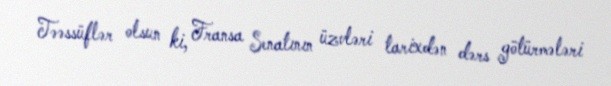
Təəssüflər olsun ki, Fransa Senatının üzvləri tarixdən dərs götürmələri